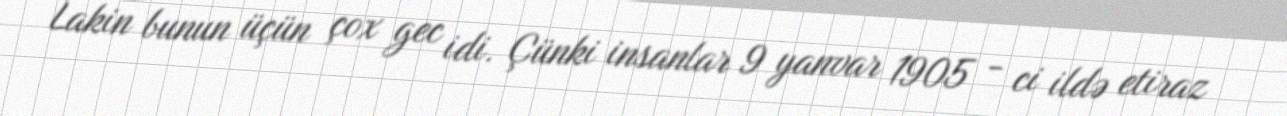
Lakin bunun üçün çox gec idi. Çünki insanlar 9 yanvar 1905 - ci ildə etiraz